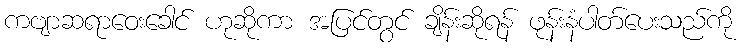
ကဗျာဆရာဝေးခေါင် ဟုဆိုကာ အပြင်တွင် ချိန်းဆိုရန် ဖုန်းနံပါတ်ပေးသည်ကို